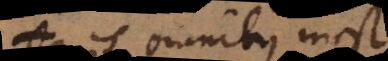
omnibus inest.